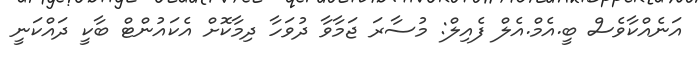
އަނެއްކާވެސް ބީ.އެމް.އެލް ފެއިލް: މުސާރަ ޖަމާވާ ދުވަހާ ދިމާކޮށް އެކައުންޓް ބާކީ ދައްކަނީ